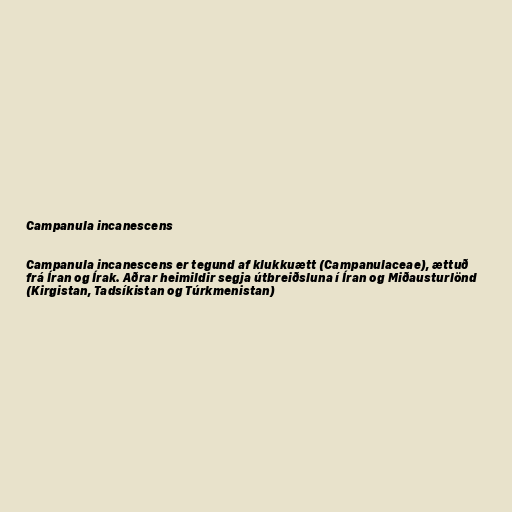
Campanula incanescens

Campanula incanescens er tegund af klukkuætt (Campanulaceae), ættuð
frá Íran og Írak. Aðrar heimildir segja útbreiðsluna í Íran og Miðausturlönd
(Kirgistan, Tadsíkistan og Túrkmenistan)